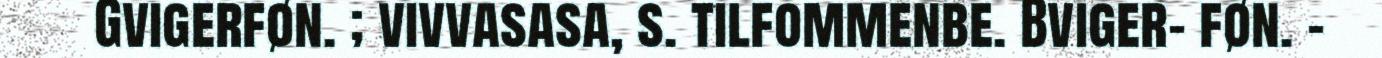
Gvigerføn. ; vivvasasa, s. tilfommenbe. Bviger- føn. -